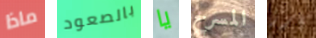
ماذا بالصعود يا المسرح بارز